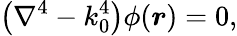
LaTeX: \left(\nabla^{4}-k_{0}^{4}\right)\phi(\boldsymbol{r})=0,